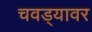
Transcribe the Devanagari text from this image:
चवड्यावर